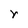
Character: r